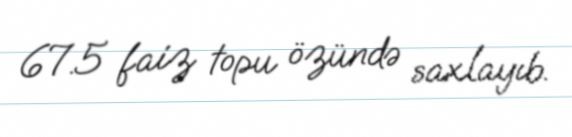
67.5 faiz topu özündə saxlayıb.